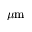
\mu \mathrm { m }